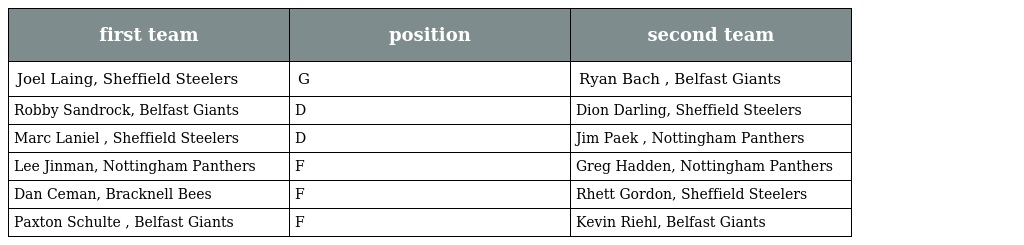
| first team | position | second team |
 | --- | --- | --- |
 | Joel Laing, Sheffield Steelers | G | Ryan Bach , Belfast Giants |
 | Robby Sandrock, Belfast Giants | D | Dion Darling, Sheffield Steelers |
 | Marc Laniel , Sheffield Steelers | D | Jim Paek , Nottingham Panthers |
 | Lee Jinman, Nottingham Panthers | F | Greg Hadden, Nottingham Panthers |
 | Dan Ceman, Bracknell Bees | F | Rhett Gordon, Sheffield Steelers |
 | Paxton Schulte , Belfast Giants | F | Kevin Riehl, Belfast Giants |